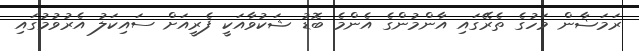
ރަމަޟާން މަހުގެ ތެރޭގައި އާންމުންގެ އެންމެ ބޮޑު ޝަކުވާއަކީ ފެރީއަށް ސައިކަލު އެރުވުމުގައި